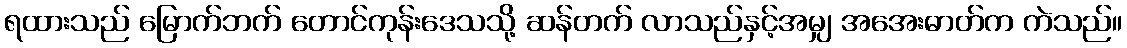
ရထားသည် မြောက်ဘက် တောင်ကုန်းဒေသသို့ ဆန်တက် လာသည်နှင့်အမျှ အအေးဓာတ်က ကဲသည်။